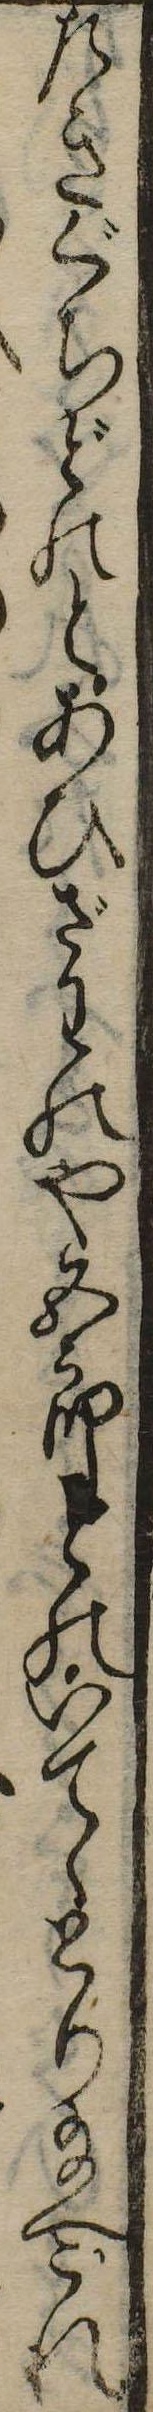
たきぐちどのとあひざわのや五郎とのいてゝとり給へこれ